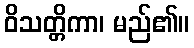
ဝိသတ္တိကာ၊ မည်၏။